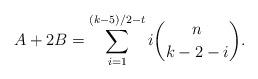
LaTeX: \begin{align*}A+2B=\sum_{i=1}^{(k-5)/2-t} i \binom{n}{k-2-i}.\end{align*}